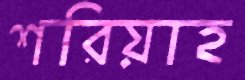
শরিয়াহ